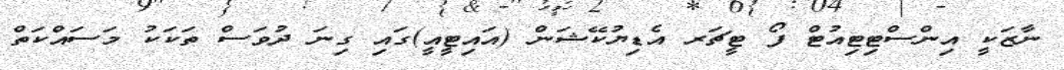
ނާޒަކީ އިންސްޓިޓިއުޓް ފޯ ޓީޗަރ އެޑިޔުކޭޝަން (އައިޓީއީ)ގައި ގިނަ ދުވަސް ތަކަކު މަސައްކަތް